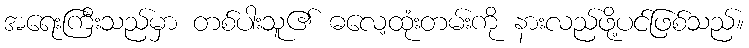
အရေးကြီးသည်မှာ တစ်ပါးသူ၏ ဓလေ့ထုံးတမ်းကို နားလည်ဖို့ပင်ဖြစ်သည်။